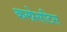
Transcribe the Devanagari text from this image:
कम्प्रेसटिस